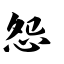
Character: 怨